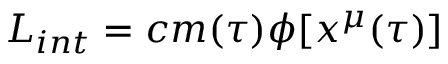
{ \cal L } _ { i n t } = c m ( \tau ) \phi [ x ^ { \mu } ( \tau ) ]